Report of the Imperial Institute of Veterinary Research, Muktesar
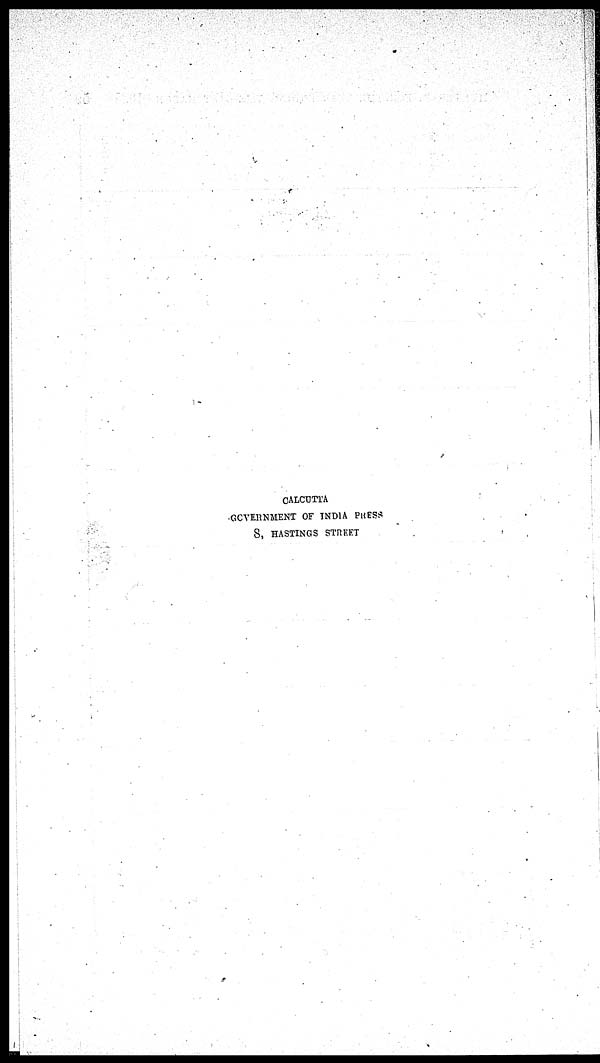
CALCUTTA
GOVERNMENT OF INDIA PRESS
8, HASTINGS STREET